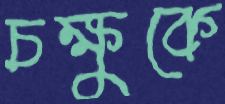
চক্ষুকে